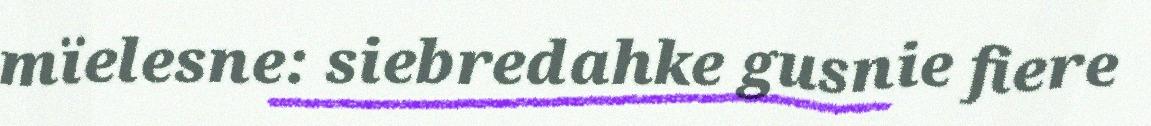
mïelesne: siebredahke gusnie fiere